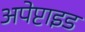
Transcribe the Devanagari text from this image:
अपेप्टाइड